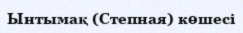
Ынтымақ (Степная) көшесі